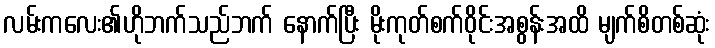
လမ်းကလေး၏ဟိုဘက်သည်ဘက် နောက်ပြီး မိုးကုတ်စက်ဝိုင်းအစွန်းအထိ မျက်စိတစ်ဆုံး